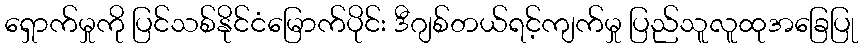
ရှောက်မှုကို ပြင်သစ်နိုင်ငံမြောက်ပိုင်း ဒီဂျစ်တယ်ရင့်ကျက်မှု ပြည်သူလူထုအခြေပြု